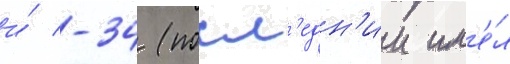
и́ -34 (посл'едн'ии им'е́л